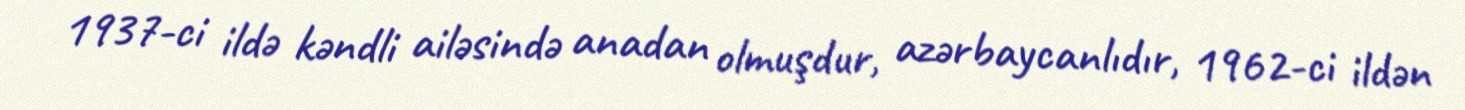
1937-ci ildə kəndli ailəsində anadan olmuşdur, azərbaycanlıdır, 1962-ci ildən